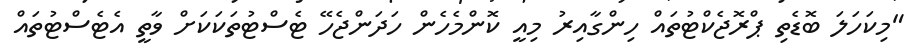
"މިކަހަލަ ބޮޑެތި ޕްރޮޖެކްޓުތައް ހިންގާއިރު މިއީ ކޮންމެހެން ހަދަންޖެހޭ ޓެސްޓުތަކަކަށް ވާތީ އެޓެސްޓުތައް